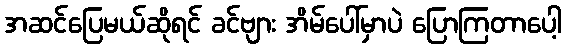
အဆင်ပြေမယ်ဆိုရင် ခင်ဗျား အိမ်ပေါ်မှာပဲ ပြောကြတာပေါ့